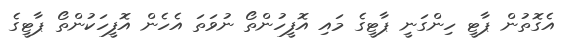
އެގޮތުން ޕާޓީ ހިންގަނީ ޕާޓީގެ މައި އޮފީހުންތޯ ނުވަތަ އެހެން އޮފީހަކުންތޯ ޕާޓީގެ